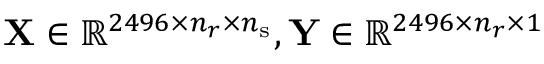
\mathbf { X } \in \mathbb { R } ^ { 2 4 9 6 \times n _ { r } \times n _ { \mathrm { s } } } , \mathbf { Y } \in \mathbb { R } ^ { 2 4 9 6 \times n _ { r } \times 1 }